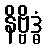
နိဗ္ဗိဒ္ဓံ